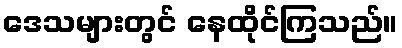
ဒေသများတွင် နေထိုင်ကြသည်။